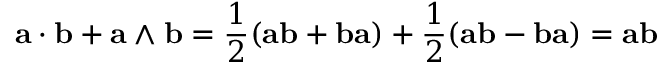
\mathbf { a } \cdot \mathbf { b } + \mathbf { a } \wedge \mathbf { b } = { \frac { 1 } { 2 } } ( \mathbf { a b } + \mathbf { b a } ) + { \frac { 1 } { 2 } } ( \mathbf { a b } - \mathbf { b a } ) = \mathbf { a b }